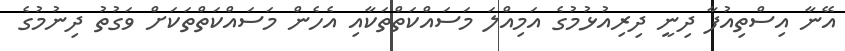
އޭނާ އިސްތިއުފާ ދިނީ ދިރިއުޅުމުގެ އަމިއްލަ މަސައްކަތްތަކާއި އެހެން މަސައްކަތްތަކަށް ވަގުތު ދިނުމުގެ